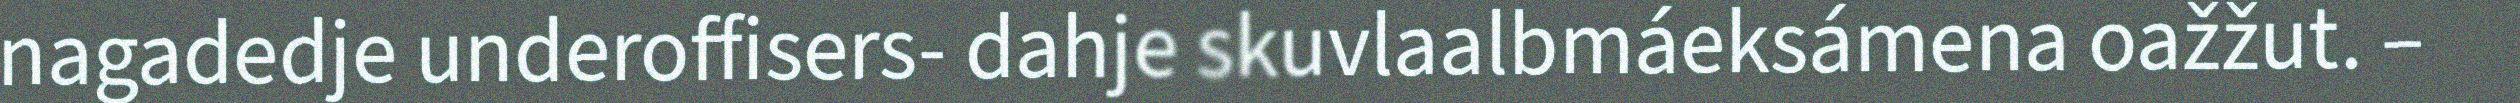
nagadedje underoffisers- dahje skuvlaalbmáeksámena oažžut. –